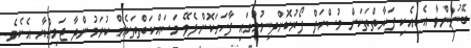
ބޭނުންވާ އެކިއެކި ފަރާތްތަކަށް މުސްހަފް ފޯރުކޮށްދިނުމުގައި ފާހަގަކޮށްލެވޭ މަސައްކަތްތަކެއް ކުރަމުންދާ ޖަމިއްޔާ އެކެވެ.